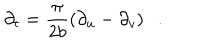
\partial _ { t } = { \frac { \pi } { 2 { b } } } ( \partial _ { u } - \partial _ { v } ) .